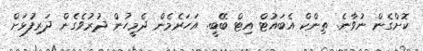
ކޮށްގެން ނުވާނެ. ތިންކް އެބައުޓް އިޓް ބޭބީ. އަހަރެމެން ދެމީހުން ދުރުވެގެން ދަރިފުޅަށް